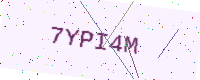
Text: 7YPI4M